Civil Veterinary Department. United Provinces 1912-22 - 1912-1922
Year: 1912
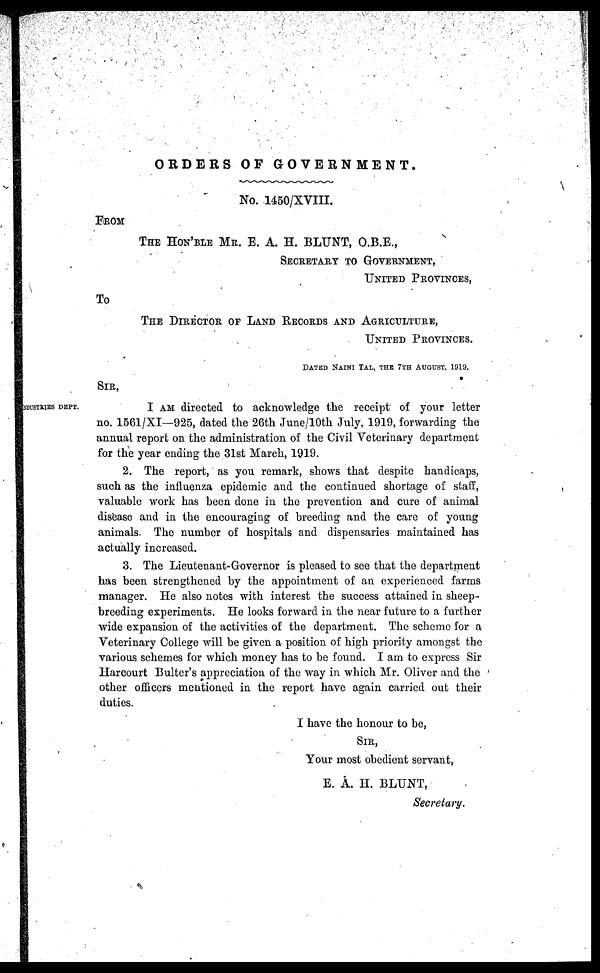
ORDERS OF
GOVERNMENT.
No. 1450/XVIII.
FROM
THE HON'BLE MR. E. A. H. BLUNT, O.B.E.,
SECRETORY TO GOVERNMENT,
UNITED PROVINCES,
To
THE DIRECTOR OF LAND RECORDS AND AGRICULTURE,
UNITED PROVINCES.
SIR,
DATED NAINI TAL, THE 7TH AUGUST,
1919.
INDUSTRIES DEPT.
I AM directed to acknowledge the receipt of your letter
no. 1561/XI—925, dated the 26th June/10th July, 1919, forwarding the
annual report on the administration of the Civil Veterinary department
for the year ending the 31st March, 1919.
2. The report, as you remark, shows that despite handicaps,
such as the influenza epidemic and the continued shortage of staff,
valuable work has been done in the prevention and cure of animal
disease and in the encouraging of breeding and the care of young
animals. The number of hospitals and dispensaries maintained has
actually increased.
3. The Lieutenant-Governor is pleased to see that the department
has been strengthened by the appointment of an experienced farms
manager. He also notes with interest the success attained in sheep-
breeding experiments. He looks forward in the near future to a further
wide expansion of the activities of the department. The scheme for a
Veterinary College will be given a position of high priority amongst the
various schemes for which money has to be found. I am to express Sir
Harcourt Bulter's appreciation of the way in which Mr. Oliver and the
other officers mentioned in the report have again carried out their
duties.
I have the honour to be ,
SIR,
Your most obedient servant,
E. A. H. BLUNT,
Secretary.